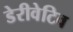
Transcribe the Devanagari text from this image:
डेरीवेटिव